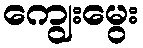
ကျွေးမွေး